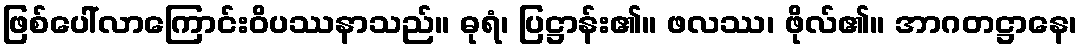
ဖြစ်ပေါ်လာကြောင်းဝိပဿနာသည်။ ဓုရံ၊ ပြဋ္ဌာန်း၏။ ဖလဿ၊ ဖိုလ်၏။ အာဂတဋ္ဌာနေ၊